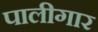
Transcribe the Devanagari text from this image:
पालीगार